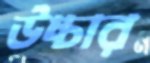
উচ্চার